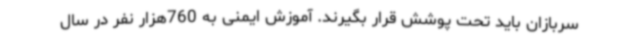
سربازان باید تحت پوشش قرار بگیرند. آموزش ایمنی به 760هزار نفر در سال